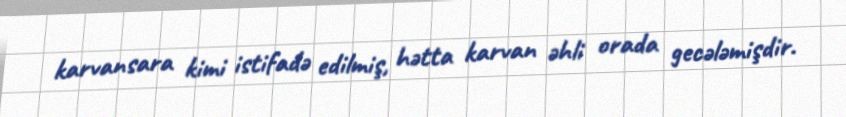
karvansara kimi istifadə edilmiş, hətta karvan əhli orada gecələmişdir.